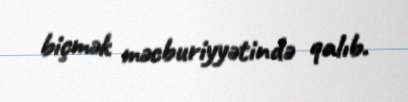
biçmək məcburiyyətində qalıb.